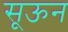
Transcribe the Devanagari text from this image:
सूऊन